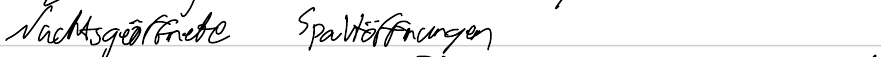
Nachtsgeöffnete Spaltöffnungen